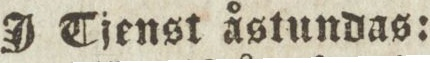
J Tjenst åstundas: